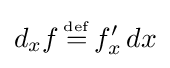
d_{x}f\,{\overset {\underset {\mathrm {def} }{}}{=}}\,f'_{x}\,dx